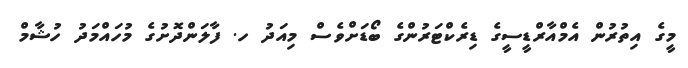
މީގެ އިތުރުން އެމްއާރްޑީސީގެ ޑިރެކްޓަރުންގެ ބޯޑަށްވެސް މިއަދު ހ. ފާލަންދޮށުގެ މުހައްމަދު ހުޝާމް